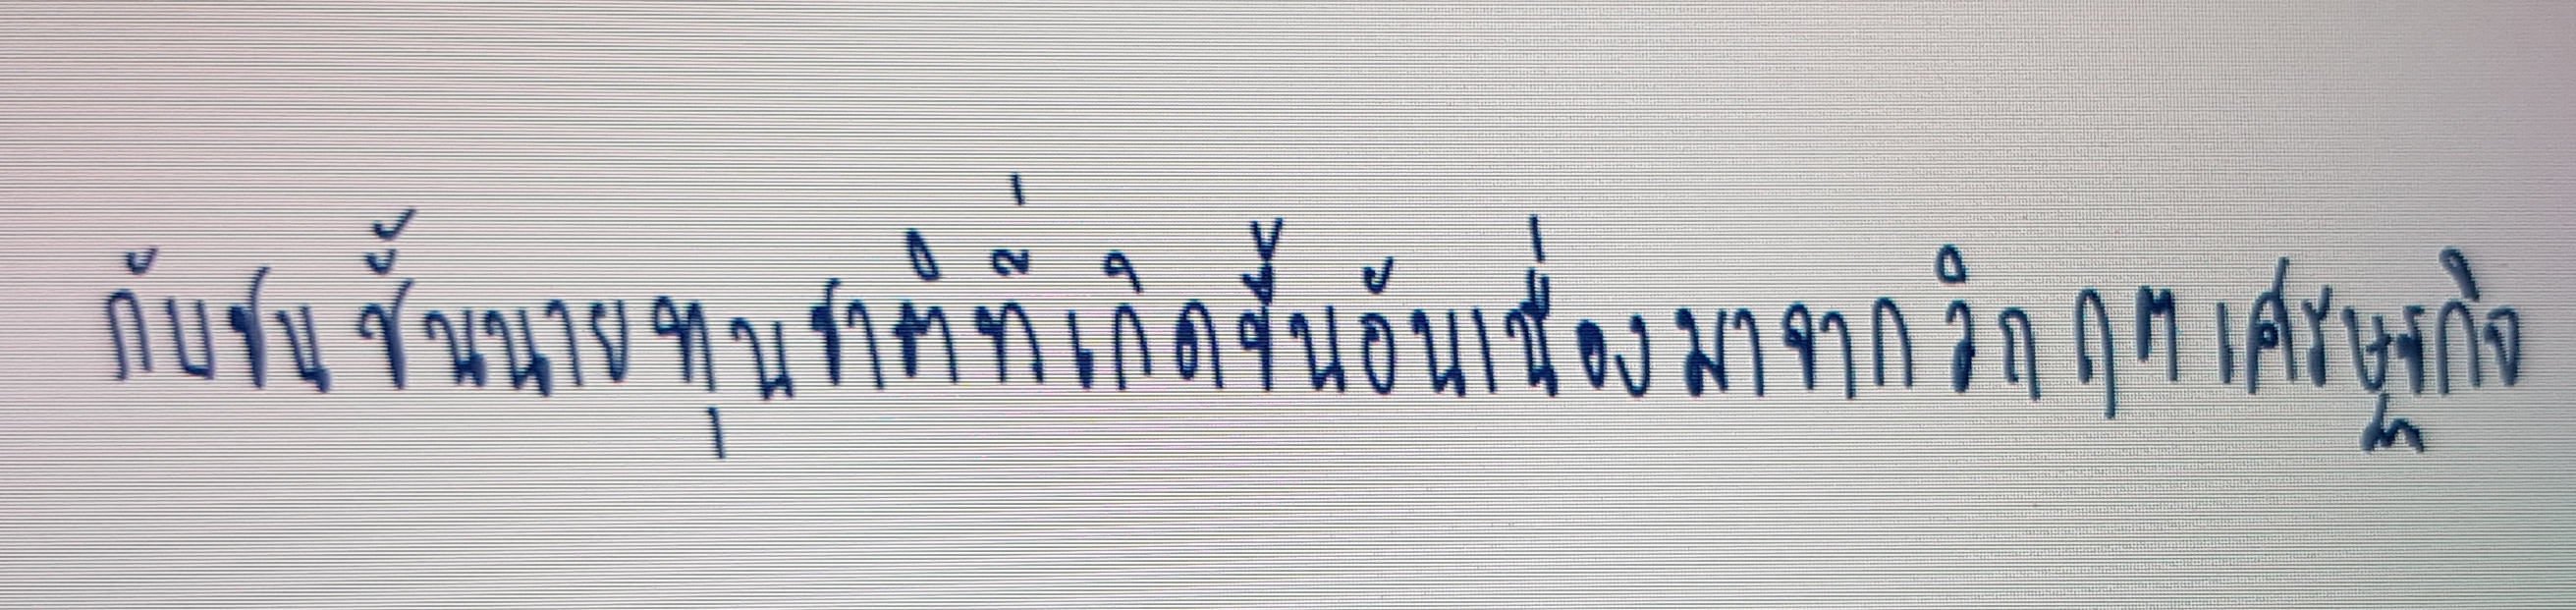
กับชนชั้นนายทุนชาติที่เกิดขึ้นอันเนื่องมาจากวิกฤตเศรษฐกิจ